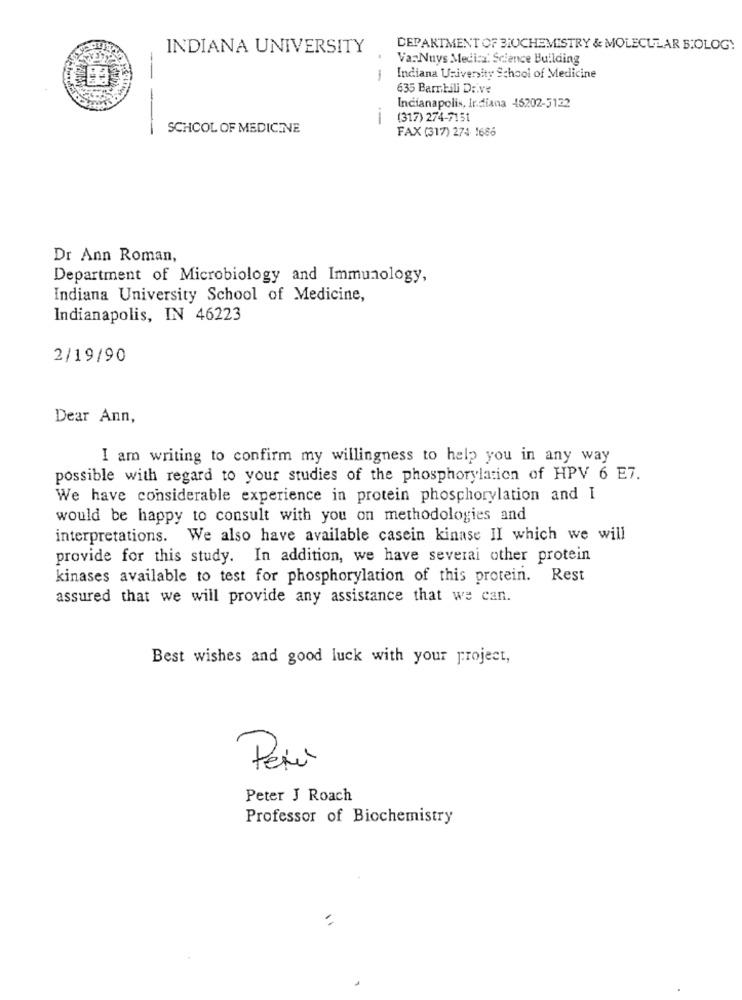
INDIANA UNIVERSITY
DEPARTMENT OF BIOCHEMISTRY & MOLECULAR BIOLOGY
Va: Nuys Medica: Science Building
1
Indiana University School of Medicine
635 Barnbili Di.ve
Indianapolis, Ir.diana 45202-5122
i
(317) 274-7151
--
SCHOOL OF MEDICINE
FAX (317) 274- 1686
Dr Ann Roman,
Department of Microbiology and Immunology,
Indiana University School of Medicine,
Indianapolis, IN 46223
2/19/90
Dear Ann,
I am writing to confirm my willingness to help you in any way
possible with regard to your studies of the phosphorylation of HPV 6 E7.
We have considerable experience in protein phosphorylation and I
would be happy to consult with you on methodologies and
interpretations. We also have available casein kinase II which we will
provide for this study. In addition, we have several other protein
kinases available to test for phosphorylation of this protein. Rest
assured that we will provide any assistance that we can.
Best wishes and good luck with your project,
Perù
Peter J Roach
Professor of Biochemistry